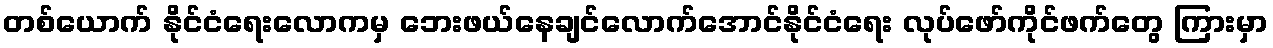
တစ်ယောက် နိုင်ငံရေးလောကမှ ဘေးဖယ်နေချင်လောက်အောင်နိုင်ငံရေး လုပ်ဖော်ကိုင်ဖက်တွေ ကြားမှာ